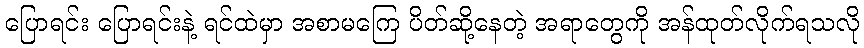
ပြောရင်း ပြောရင်းနဲ့ ရင်ထဲမှာ အစာမကြေ ပိတ်ဆို့နေတဲ့ အရာတွေကို အန်ထုတ်လိုက်ရသလို